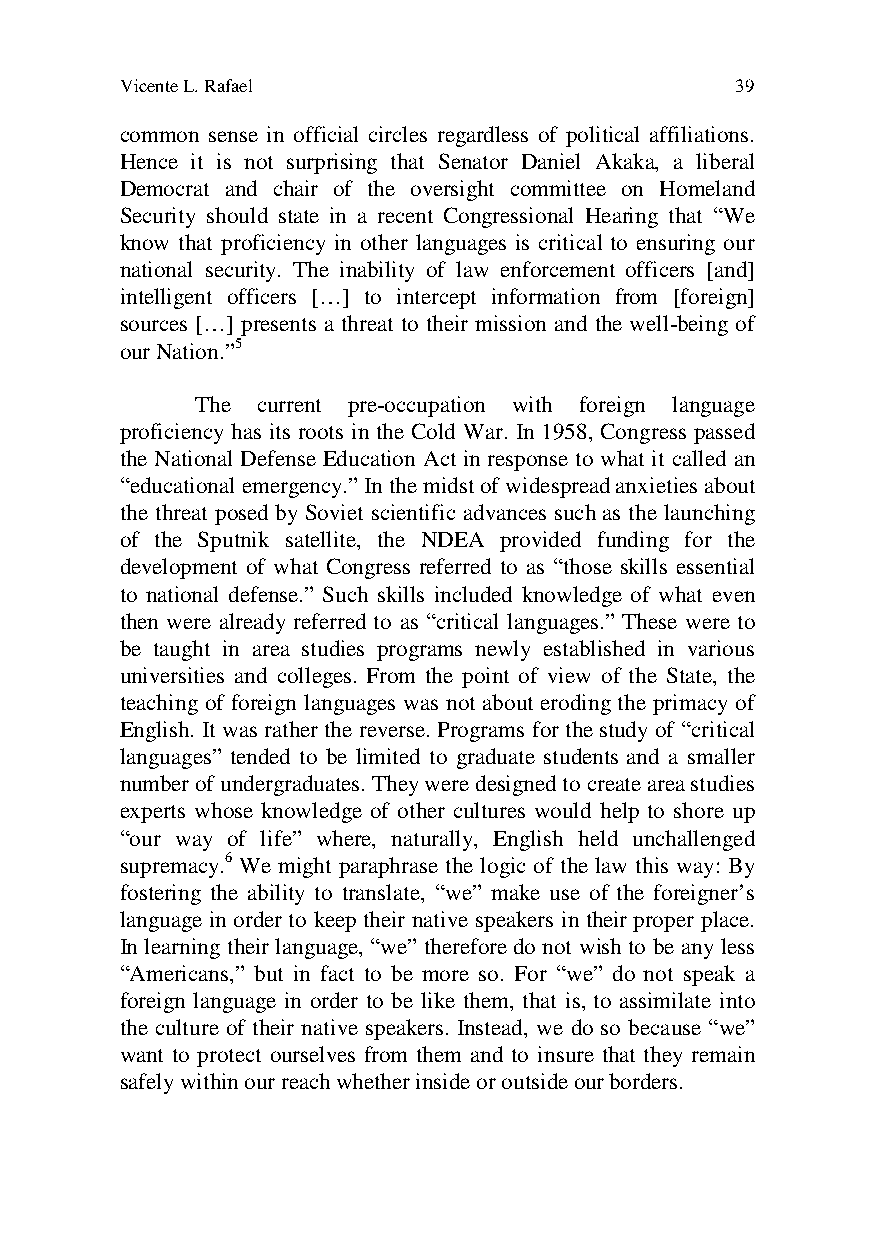
Vicente L. Rafael                        39
 common sense in official circles regardless of political affiliations.
 Hence it is not surprising that Senator Daniel Akaka, a liberal
 Democrat and chair of the oversight committee on Homeland
 Security should state in a recent Congressional Hearing that “We
 know that proficiency in other languages is critical to ensuring our
 national security. The inability of law enforcement officers [and]
 intelligent officers […] to intercept information from [foreign]
 sources […] presents a threat to their mission and the well-being of
 our Nation.”5
 The current pre-occupation with foreign language
 proficiency has its roots in the Cold War. In 1958, Congress passed
 the National Defense Education Act in response to what it called an
 “educational emergency.” In the midst of widespread anxieties about
 the threat posed by Soviet scientific advances such as the launching
 of the Sputnik satellite, the NDEA provided funding for the
 development of what Congress referred to as “those skills essential
 to national defense.” Such skills included knowledge of what even
 then were already referred to as “critical languages.” These were to
 be taught in area studies programs newly established in various
 universities and colleges. From the point of view of the State, the
 teaching of foreign languages was not about eroding the primacy of
 English. It was rather the reverse. Programs for the study of “critical
 languages” tended to be limited to graduate students and a smaller
 number of undergraduates. They were designed to create area studies
 experts whose knowledge of other cultures would help to shore up
 “our way of life” where, naturally, English held unchallenged
 supremacy.6 We might paraphrase the logic of the law this way: By
 fostering the ability to translate, “we” make use of the foreigner’s
 language in order to keep their native speakers in their proper place.
 In learning their language, “we” therefore do not wish to be any less
 “Americans,” but in fact to be more so. For “we” do not speak a
 foreign language in order to be like them, that is, to assimilate into
 the culture of their native speakers. Instead, we do so because “we”
 want to protect ourselves from them and to insure that they remain
 safely within our reach whether inside or outside our borders.